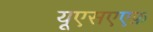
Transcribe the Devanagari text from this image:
यूएसएएफ़